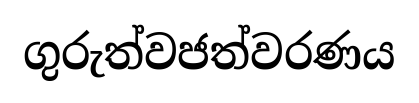
ගුරුත්වජත්වරණය